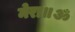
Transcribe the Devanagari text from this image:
मेरा॥ॐ